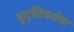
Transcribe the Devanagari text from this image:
बुद्धिवर्धक